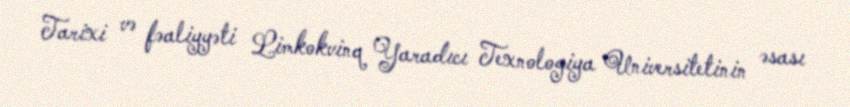
Tarixi və fəaliyyəti Limkokvinq Yaradıcı Texnologiya Universitetinin əsası